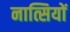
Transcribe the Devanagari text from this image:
नात्सियों